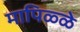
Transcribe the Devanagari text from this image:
मापिळ्ळे